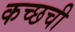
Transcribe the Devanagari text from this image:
कच्छची